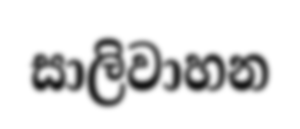
සාලිවාහන